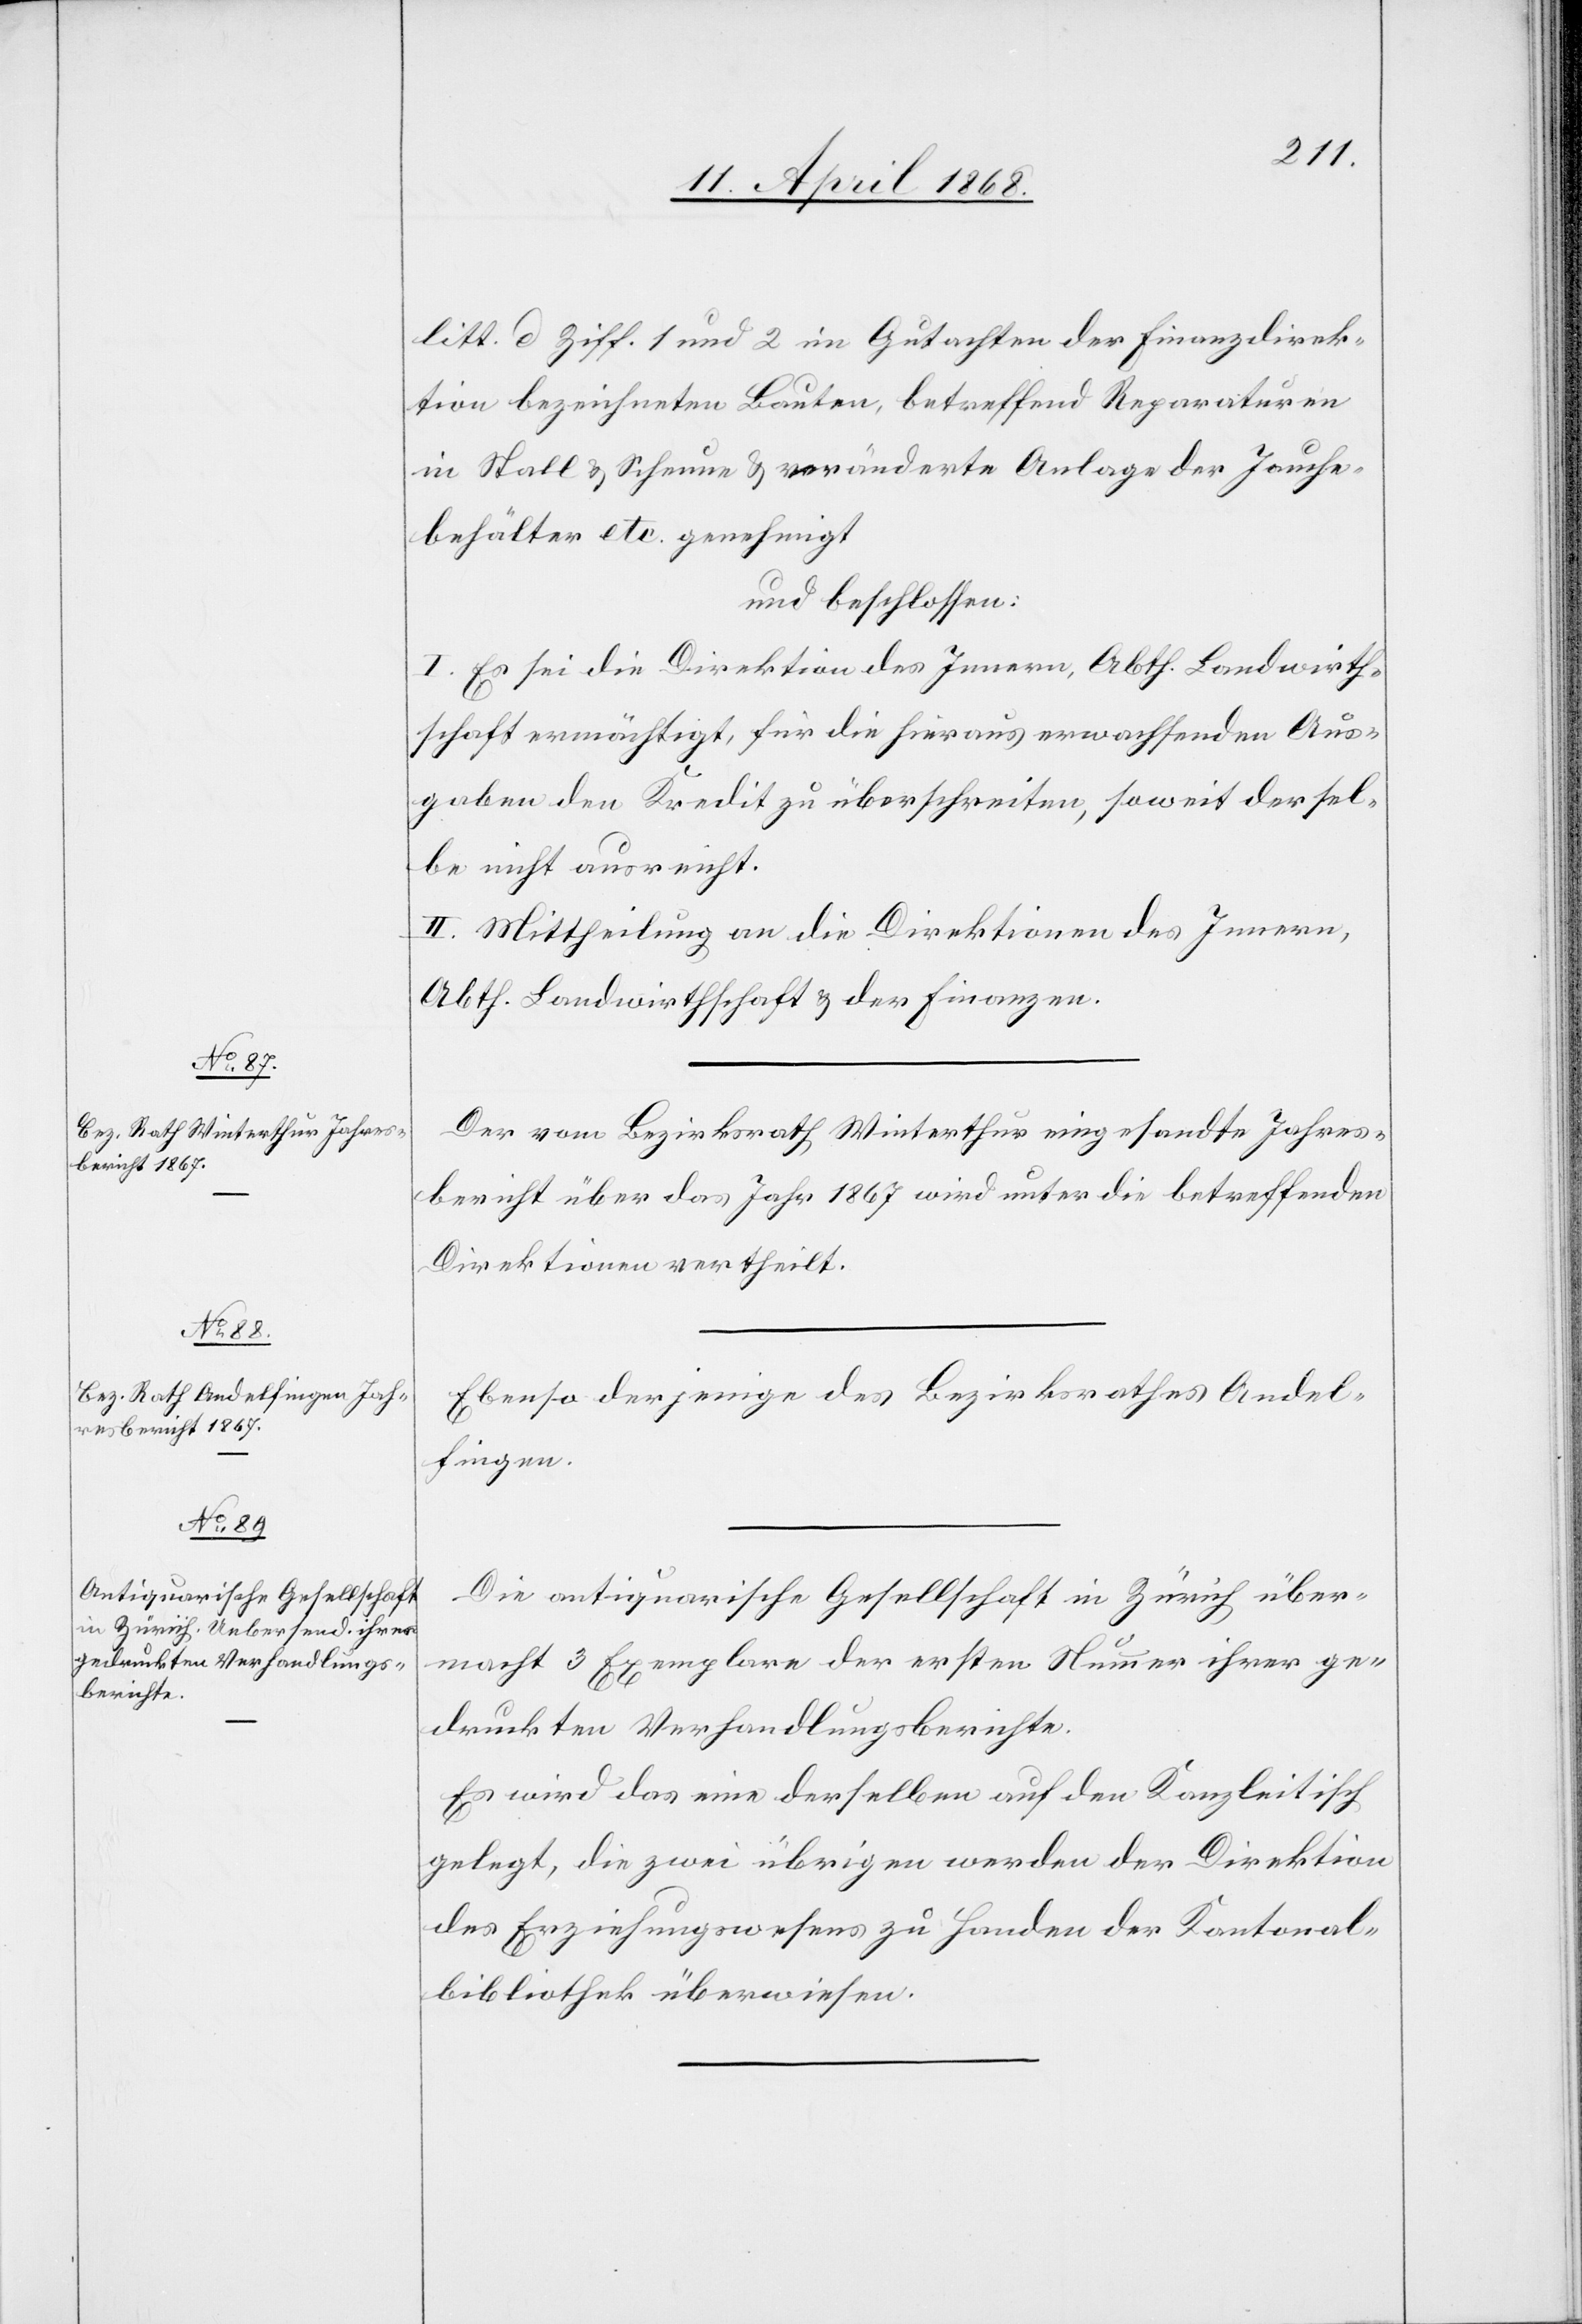
litt. d Ziff. 1 und 2 im Gutachten der Finanzdirek¬
tion bezeichneten Bauten, betreffend Reparaturen
in Stall & Scheune & veränderte Anlage der Jauche¬
behälter etc. genehmigt
und beschlossen:
I. Es sei die Direktion des Innern, Abth. Landwirth¬
schaft ermächtigt, für die hieraus erwachsenden Aus¬
gaben den Kredit zu überschreiten, soweit dersel¬
be nicht ausreicht.
II. Mittheilung an die Direktionen des Innern,
Abth. Landwirthschaft & der Finanzen.
Der vom Bezirksrath Winterthur eingesandte Jahres¬
bericht über das Jahr 1867 wird unter die betreffenden
Direktionen vertheilt.
Ebenso derjenige des Bezirksrathes Andel¬
fingen.
Die antiquarische Gesellschaft in Zürich über¬
macht 3 Exemplare der ersten Nummer ihrer ge¬
druckten Verhandlungsberichte.
Es wird das eine derselben auf den Kanzleitisch
gelegt, die zwei übrigen werden der Direktion
des Erziehungswesens zu Handen der Kantonal¬
bibliothek überwiesen.